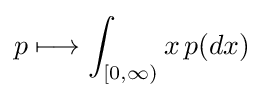
p\longmapsto \int _{[0,\infty )}x\,p(dx)